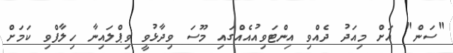
"ސަން" އަށް މިއަދު ދެއްވި އިންޓަވިއުއެއްގައި މޫސަ ވިދާޅުވީ ވިޕްލައިނާ ހިލާފްވި ކަަމަށް